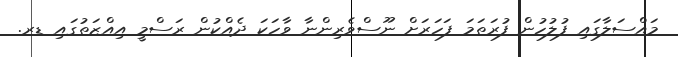
މައްސަލާގައި ފުލުހުން ފުރަތަމަ ފަހަރަށް ނޫސްވެރިންނާ ވާހަކަ ދެއްކުން ރަސްމީ އިއްޒަތުގައި ޑރ.